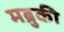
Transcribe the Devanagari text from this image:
मब्रुकी